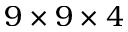
9 \times 9 \times 4